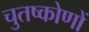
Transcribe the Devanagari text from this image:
चुतष्कोणों